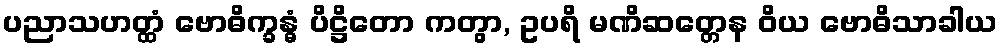
ပညာသဟတ္ထံ ဗောဓိက္ခန္ဓံ ပိဋ္ဌိတော ကတွာ, ဥပရိ မဏိဆတ္တေန ဝိယ ဗောဓိသာခါယ